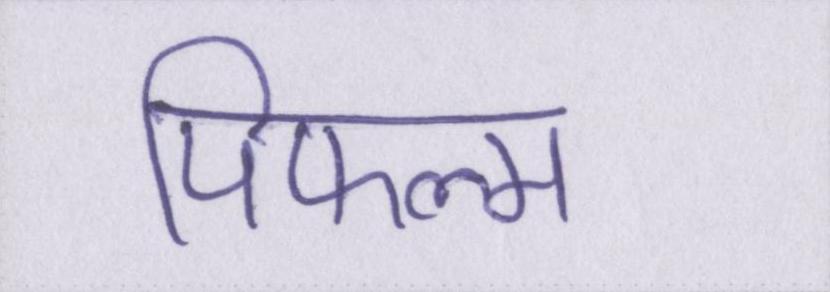
पिफल्म